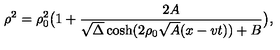
\rho ^ { 2 } = \rho _ { 0 } ^ { 2 } \bigl ( 1 + { \frac { 2 A } { \sqrt { \Delta } \cosh ( 2 \rho _ { 0 } \sqrt { A } ( x - v t ) ) + B } } \bigr ) ,